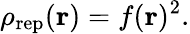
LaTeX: \rho_{\mathrm{rep}}({\mathbf r})=f({\mathbf r})^{2}.